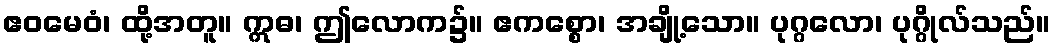
ဧဝမေဝံ၊ ထို့အတူ။ ဣဓ၊ ဤလောက၌။ ဧကစ္စော၊ အချို့သော။ ပုဂ္ဂလော၊ ပုဂ္ဂိုလ်သည်။